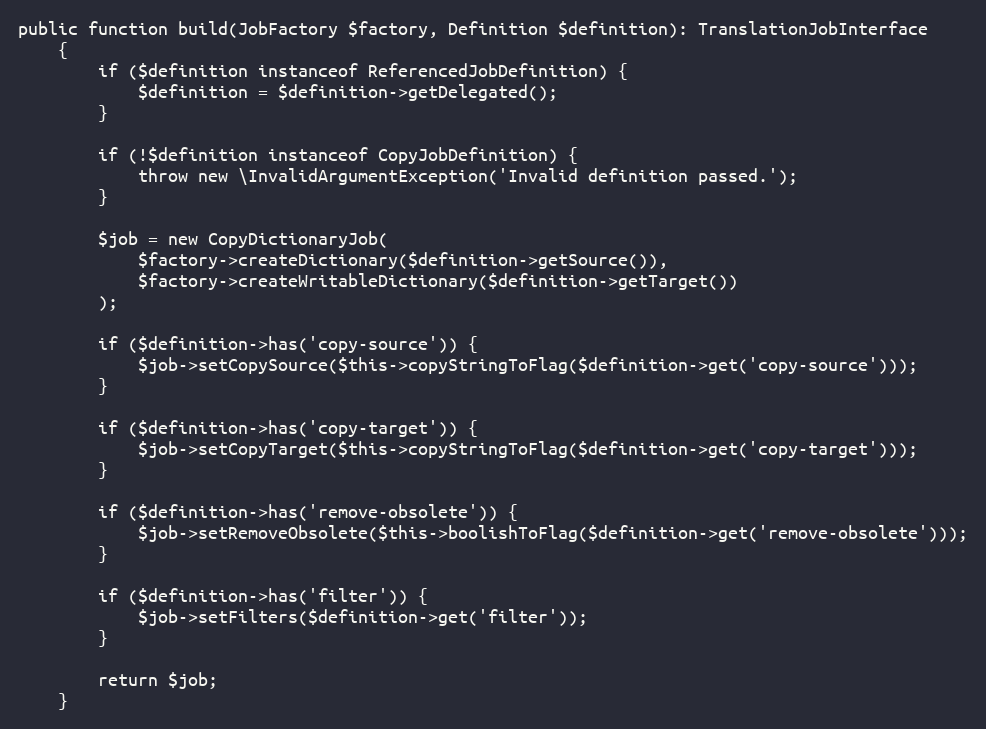
Language: PHP
public function build(JobFactory $factory, Definition $definition): TranslationJobInterface
    {
        if ($definition instanceof ReferencedJobDefinition) {
            $definition = $definition->getDelegated();
        }

        if (!$definition instanceof CopyJobDefinition) {
            throw new \InvalidArgumentException('Invalid definition passed.');
        }

        $job = new CopyDictionaryJob(
            $factory->createDictionary($definition->getSource()),
            $factory->createWritableDictionary($definition->getTarget())
        );

        if ($definition->has('copy-source')) {
            $job->setCopySource($this->copyStringToFlag($definition->get('copy-source')));
        }

        if ($definition->has('copy-target')) {
            $job->setCopyTarget($this->copyStringToFlag($definition->get('copy-target')));
        }

        if ($definition->has('remove-obsolete')) {
            $job->setRemoveObsolete($this->boolishToFlag($definition->get('remove-obsolete')));
        }

        if ($definition->has('filter')) {
            $job->setFilters($definition->get('filter'));
        }

        return $job;
    }